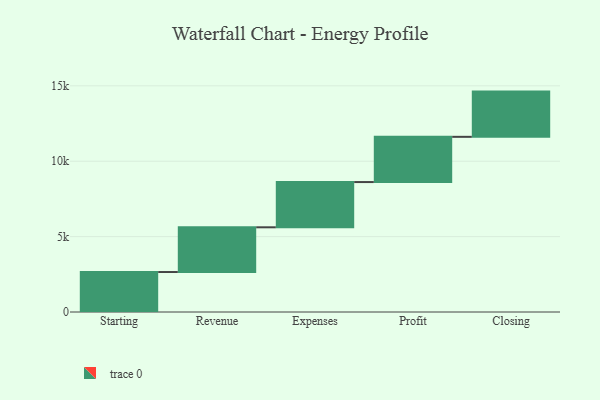
{"axis": {"x": "Step", "y": "Value"}, "legend": [""], "data": [{"x": "Starting", "y": 2651.0, "type": ""}, {"x": "Revenue", "y": 2967.0, "type": ""}, {"x": "Expenses", "y": 3000, "type": ""}, {"x": "Profit", "y": 3000, "type": ""}, {"x": "Closing", "y": 3000, "type": ""}]}